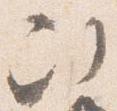
次